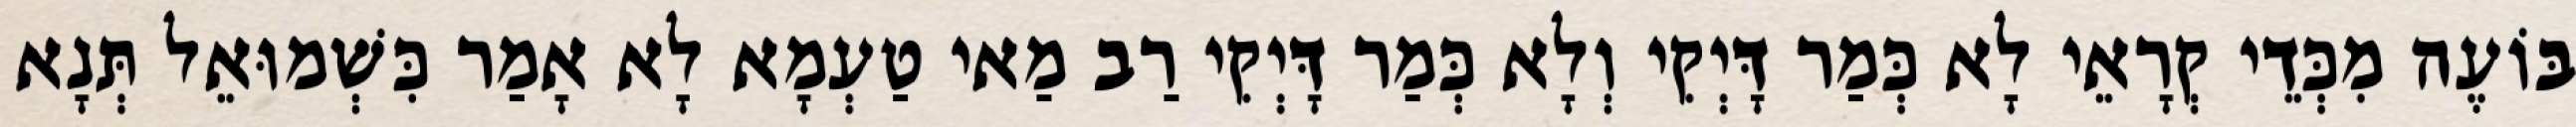
בּוֹעֶה מִכְּדֵי קְרָאֵי לָא כְּמַר דָּיְקִי וְלָא כְּמַר דָּיְקִי רַב מַאי טַעְמָא לָא אָמַר כִּשְׁמוּאֵל תְּנָא